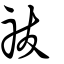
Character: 祓